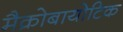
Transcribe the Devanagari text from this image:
मैक्रोबायोटिक